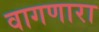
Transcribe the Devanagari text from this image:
वागणारा